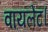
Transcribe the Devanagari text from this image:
वायलेट।